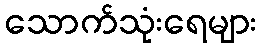
သောက်သုံးရေများ